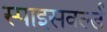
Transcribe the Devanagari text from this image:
स्पाइसवर्ल्ड